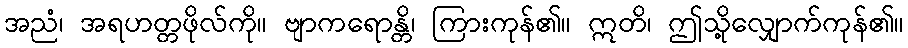
အညံ၊ အရဟတ္တဖိုလ်ကို။ ဗျာကရောန္တိ၊ ကြားကုန်၏။ ဣတိ၊ ဤသို့လျှောက်ကုန်၏။